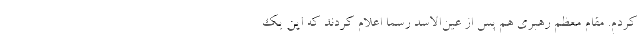
کردم. مقام معظم رهبری هم پس از عین‌الاسد رسما اعلام کردند که این یک